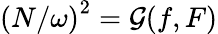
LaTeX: \left({N}/{\omega}\right)^{2}=\mathcal{G}(f,F)